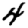
Digit: 4